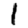
Digit: 1